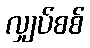
လျှပ်စစ်